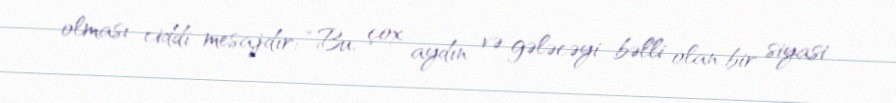
olması ciddi mesajdır: “Bu, çox aydın və gələcəyi bəlli olan bir siyasi